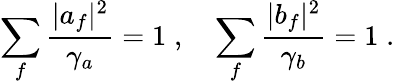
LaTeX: \sum_{f}{\frac{|a_{f}|^{2}}{\gamma_{a}}}=1\; ,\quad\sum_{f}{\frac{|b_{f}|^{2}}{\gamma_{b}}}=1\; .